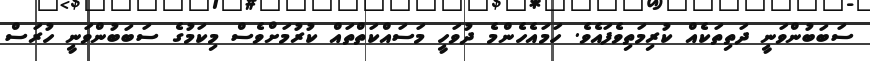
ސަބަބުންވަނީ ދަތިތަކެއް ކުރިމަތިވެފައެވެ. ހަމައެހެންމެ ދުވަހީ މަސައްކަތްތައް ކުރުމަށްވެސް މިކަމުގެ ސަބަބުންވަނީ ހުރަސް